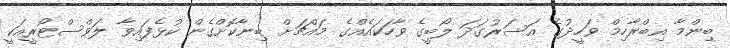
ބިންމާ އިބްރާހިމް ވަހީދުގެ އަސަރުގަދަ ލޯބީގެ ވާހަކައެއްގެ މައްޗަށް ބިނާކޮށްގެން ކުޅެފައިވާ ލަވްސްޓޯރީއަކީ